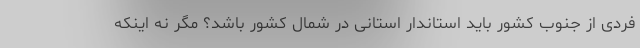
فردی از جنوب کشور باید استاندار استانی در شمال کشور باشد؟ مگر نه اینکه